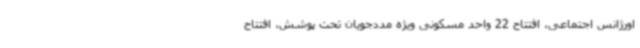
اورژانس اجتماعی، افتتاح 22 واحد مسکونی ویژه مددجویان تحت پوشش، افتتاح